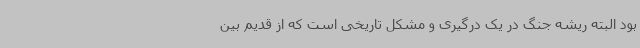
بود البته ریشه جنگ در یک درگیری و مشکل تاریخی است که از قدیم بین